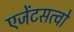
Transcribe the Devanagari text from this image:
एजेंटसत्वो